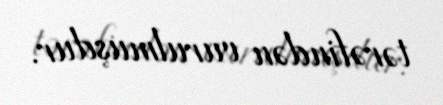
tərəfindən vurulmuşdur.